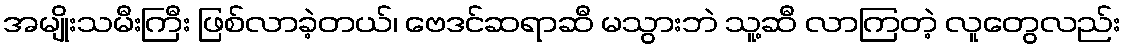
အမျိုးသမီးကြီး ဖြစ်လာခဲ့တယ်၊ ဗေဒင်ဆရာဆီ မသွားဘဲ သူ့ဆီ လာကြတဲ့ လူတွေလည်း